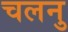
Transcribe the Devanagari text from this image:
चलनु